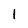
Character: 1